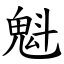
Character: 魁